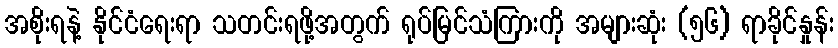
အစိုးရနဲ့ နိုင်ငံရေးရာ သတင်းရဖို့အတွက် ရုပ်မြင်သံကြားကို အများဆုံး (၅၆) ရာခိုင်နှုန်း